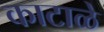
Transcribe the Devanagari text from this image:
काटाळे